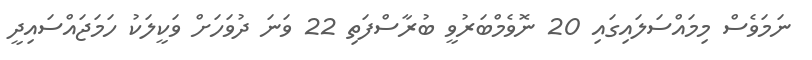
ނަމަވެސް މިމައްސަލައިގައި 20 ނޮވެމްބަރުވީ ބުރާސްފަތި 22 ވަނަ ދުވަހަށް ވަކީލަކު ހަމަޖައްސައިދީ